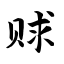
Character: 赇